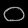
Digit: ၀